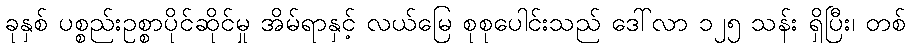
ခုနှစ် ပစ္စည်းဥစ္စာပိုင်ဆိုင်မှု အိမ်ရာနှင့် လယ်မြေ စုစုပေါင်းသည် ဒေါ်လာ ၁၂၅ သန်း ရှိပြီး၊ တစ်